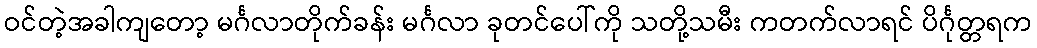
ဝင်တဲ့အခါကျတော့ မင်္ဂလာတိုက်ခန်း မင်္ဂလာ ခုတင်ပေါ်ကို သတို့သမီး ကတက်လာရင် ပိင်္ဂုတ္တရက